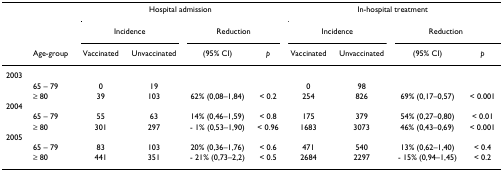
<table><thead><tr><td>[EMPTY_CELL]</td><td>[EMPTY_CELL]</td><td colspan="4"><b>Hospital admission</b></td><td colspan="4"><b>In-hospital treatment</b></td></tr><tr><td>[EMPTY_CELL]</td><td>[EMPTY_CELL]</td><td colspan="2"><b>Incidence</b></td><td colspan="2"><b>Reduction</b></td><td colspan="2"><b>Incidence</b></td><td colspan="2"><b>Reduction</b></td></tr><tr><td>[EMPTY_CELL]</td><td><b>Age-group</b></td><td><b>Vaccinated</b></td><td><b>Unvaccinated</b></td><td><b>(95% CI)</b></td><td><b><i>p</i></b></td><td><b>Vaccinated</b></td><td><b>Unvaccinated</b></td><td><b>(95% CI)</b></td><td><b><i>p</i></b></td></tr></thead><tbody><tr><td>2003</td><td>[EMPTY_CELL]</td><td>[EMPTY_CELL]</td><td>[EMPTY_CELL]</td><td>[EMPTY_CELL]</td><td>[EMPTY_CELL]</td><td>[EMPTY_CELL]</td><td>[EMPTY_CELL]</td><td>[EMPTY_CELL]</td><td>[EMPTY_CELL]</td></tr><tr><td>[EMPTY_CELL]</td><td>65 – 79</td><td>0</td><td>19</td><td>[EMPTY_CELL]</td><td>[EMPTY_CELL]</td><td>0</td><td>98</td><td>[EMPTY_CELL]</td><td>[EMPTY_CELL]</td></tr><tr><td>[EMPTY_CELL]</td><td>≥ 80</td><td>39</td><td>103</td><td>62% (0,08–1,84)</td><td>&lt; 0.2</td><td>254</td><td>826</td><td>69% (0,17–0,57)</td><td>&lt; 0.001</td></tr><tr><td>2004</td><td>[EMPTY_CELL]</td><td>[EMPTY_CELL]</td><td>[EMPTY_CELL]</td><td>[EMPTY_CELL]</td><td>[EMPTY_CELL]</td><td>[EMPTY_CELL]</td><td>[EMPTY_CELL]</td><td>[EMPTY_CELL]</td><td>[EMPTY_CELL]</td></tr><tr><td>[EMPTY_CELL]</td><td>65 – 79</td><td>55</td><td>63</td><td>14% (0,46–1,59)</td><td>&lt; 0.8</td><td>175</td><td>379</td><td>54% (0,27–0,80)</td><td>&lt; 0.01</td></tr><tr><td>[EMPTY_CELL]</td><td>≥ 80</td><td>301</td><td>297</td><td>- 1% (0,53–1,90)</td><td>&lt; 0.96</td><td>1683</td><td>3073</td><td>46% (0,43–0,69)</td><td>&lt; 0.001</td></tr><tr><td>2005</td><td>[EMPTY_CELL]</td><td>[EMPTY_CELL]</td><td>[EMPTY_CELL]</td><td>[EMPTY_CELL]</td><td>[EMPTY_CELL]</td><td>[EMPTY_CELL]</td><td>[EMPTY_CELL]</td><td>[EMPTY_CELL]</td><td>[EMPTY_CELL]</td></tr><tr><td>[EMPTY_CELL]</td><td>65 – 79</td><td>83</td><td>103</td><td>20% (0,36–1,76)</td><td>&lt; 0.6</td><td>471</td><td>540</td><td>13% (0,62–1,40)</td><td>&lt; 0.4</td></tr><tr><td>[EMPTY_CELL]</td><td>≥ 80</td><td>441</td><td>351</td><td>- 21% (0,73–2,2)</td><td>&lt; 0.5</td><td>2684</td><td>2297</td><td>- 15% (0,94–1,45)</td><td>&lt; 0.2</td></tr></tbody></table>